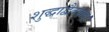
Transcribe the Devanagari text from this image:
शुद्धाद्वैतवाद।